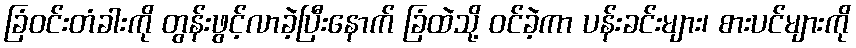
ခြံဝင်းတံခါးကို တွန်းဖွင့်လာခဲ့ပြီးနောက် ခြံထဲသို့ ဝင်ခဲ့ကာ ပန်းခင်းများ၊ စားပင်များကို